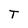
Character: T